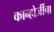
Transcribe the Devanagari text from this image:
कान्होजींचा